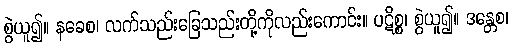
စွဲယူ၍။ နခေစ၊ လက်သည်းခြေသည်းတို့ကိုလည်းကောင်း။ ပဋိစ္စ၊ စွဲယူ၍။ ဒန္တေစ၊